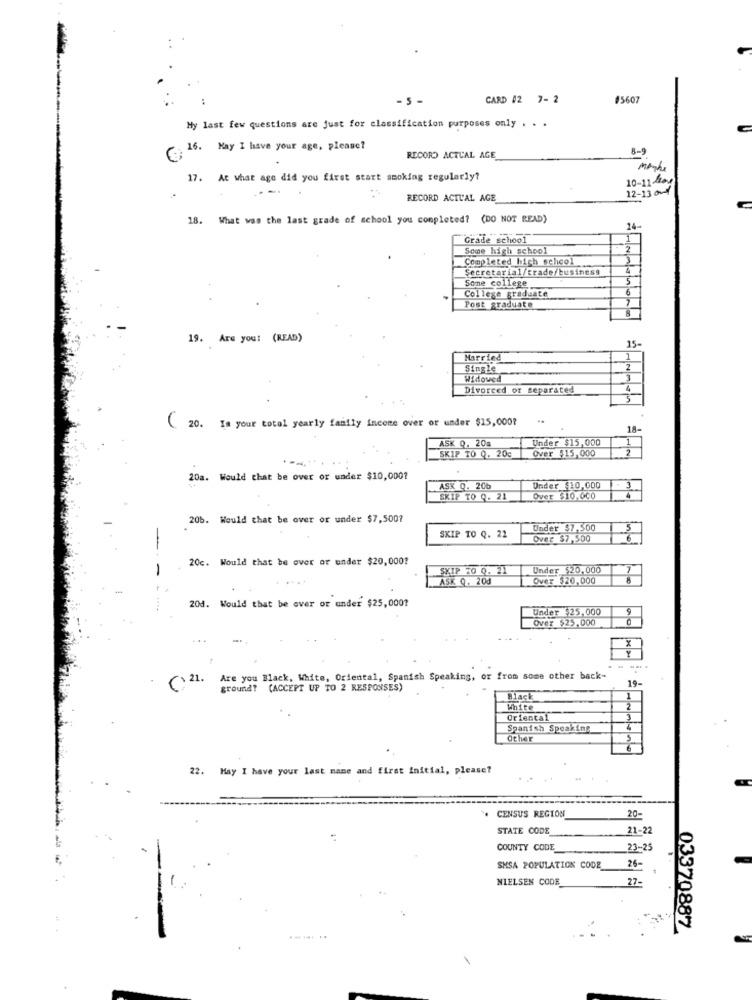
- 5 -
CARD #2 7- 2
#5607
My last few questions are just for classification purposes only . . .
: 16. Hay I have your age, please?
8-9
RECORD ACTUAL AGE
manhe
17. At what age did you first start smoking regularly?
12-13 and
10-11-May
RECORD ACTUAL AGE
18. What was the last grade of school you completed? (DO NOT READ)
14-
Grade school
1
Some high school
2
Completed high school
3
Secretarial/trade/business
Some college
6
College graduate
7
Post graduate
19. Are you: (READ)
15-
Married
1
Single
2
Widowed
Divorced or separated
5
( 20. Is your total yearly family income over or under $15,000?
18-
ASK 0. 20m
Under $15,000
1
SKIP TO Q. 20c
Over $15,000
2
...
20a. Would that be over or under $10,000?
ASK Q. 20%
Under $10,000
3
SKIP TO Q. 21
Over $10,000
20b. Would that be over or under $7,500?
Under $7,500
SKIP TO Q. 21
Over $7,500
20c. Would that be over or under $20,000?
SKIP 20 Q. 21
Under $20,000
---
ASK 9. 200
Over $20,000
20d. Would that be over or under $25,0001
Under $25,000
Over $25,000
(>21.
Are you Black, White, Oriental, Spanish Speaking, or from some other back-
19-
ground? (ACCEPT UP TO 2 RESPONSES)
Black
1
White
Oriental
Spanish Speaking
Other
S
6
22. May I have your last name and first initial, please?
CENSUS REGION
20-
STATE CODE
21-22
COUNTY CODE
23-25
SMSA POPULATION CODE
26-
NIELSEN CODE
27-
03370887
1